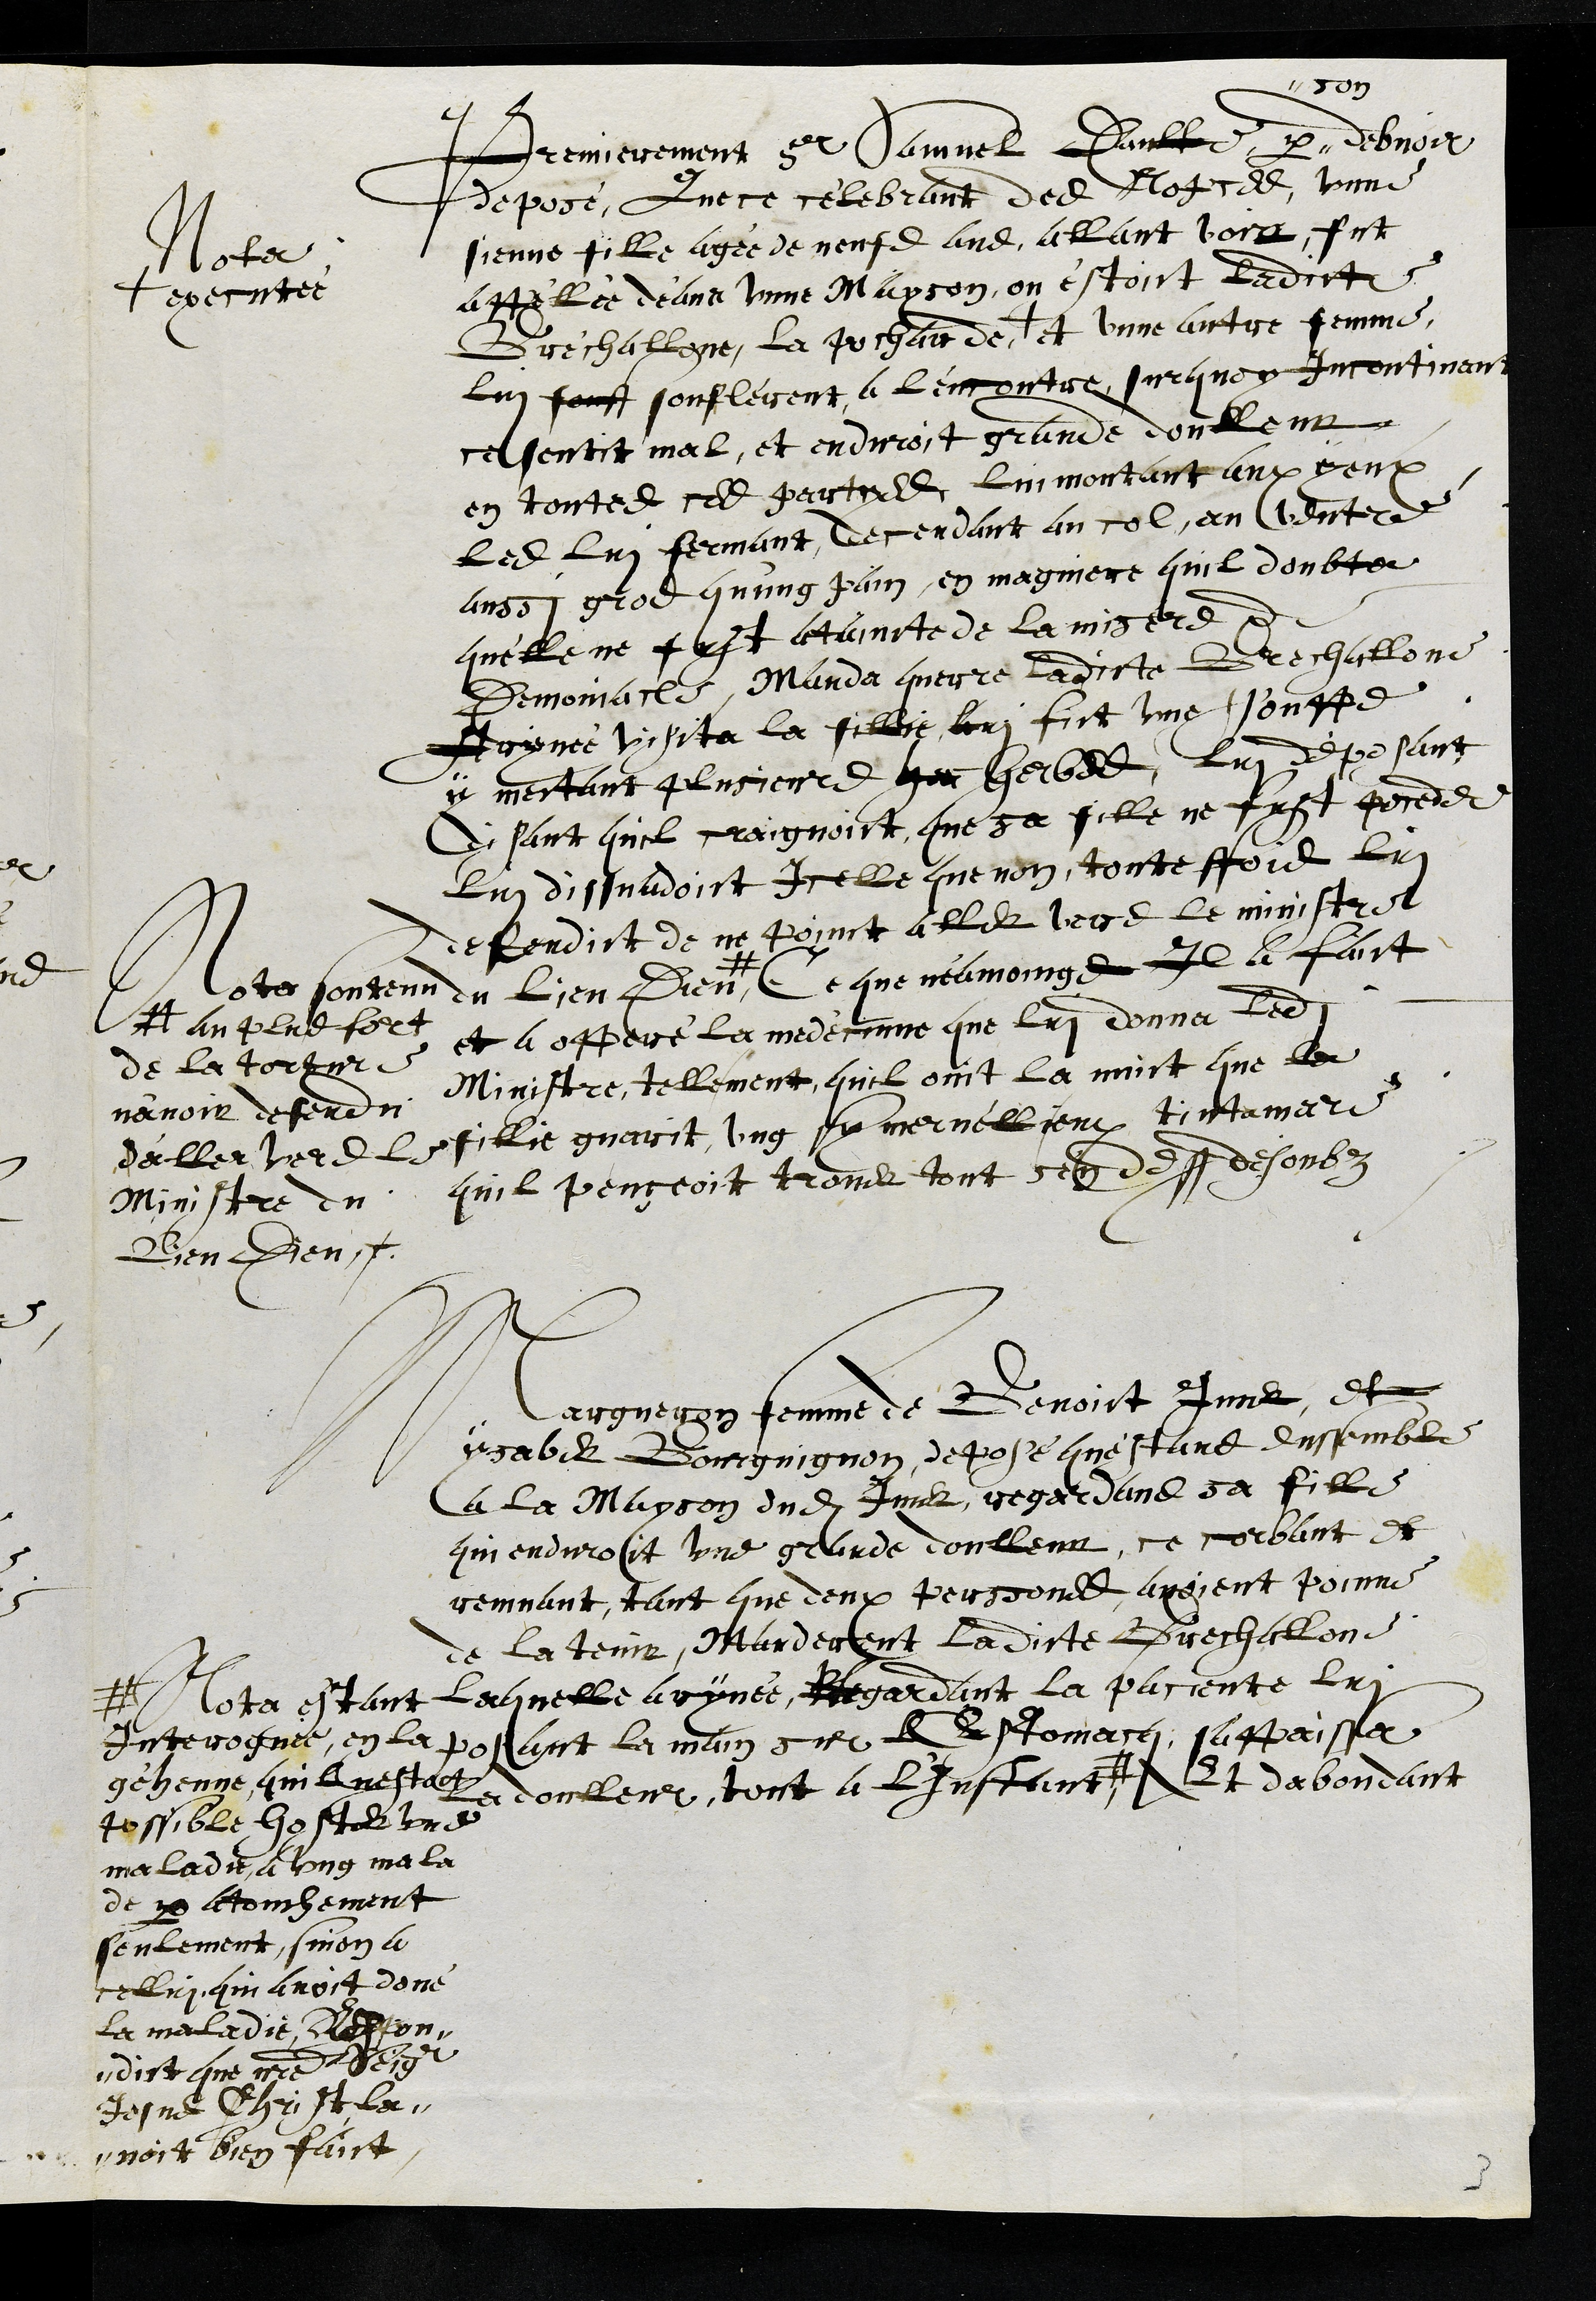
Premierement sr Samuel Daulte par #
# son
debvoir
depose, Que ce célebrant des Nopces, unne
sienne fille agée de neufs ans, allant voir, fut
Nota
appéllée déans unne Mayson, ou éstoict ladicte
Bréchallone, la Pocharde +
+ executée
et unne autre femme,
lui feust souflérent a l'encontre, surquoy Incontinant
ce sentit mal, et enduroit grande doulleur
en toutes ces partyes lui montant aux yeux
les lui fermant, decendant au col, au ventre
aussi gros qu'ung pain, en magniere quil doubter
qu'elle ne fust ataincte de la misere de
Demoniacle, Manda querre ladicte Brechallone
Aryvée visita la fille lui fict une souppe
y mectant plusieurs her herbes, lui deposant
Disant quil craignoict que sa fille ne fust pocedee
Lui dissuadoict Icelle que non, touteffois lui
defendict de ne point aller vers le ministre
du bien Dieu, #
# Noter Soutenu
au plus fort
de la torture
n'avoir defendu
d'aller verds le
Ministre du
Bien Dieu
Ce que neamoings Il a faict
et a opperé la medécinne que lui donna ledit
Ministre, tellement quil ouit la nuict que la
fillie guerit ung sy mervellieux tintamare
quil pençeoit trover tout sen dessus desoubz
Margueron femme de Benoict Imer, et
ysaber Bourguignon, deposé questans enssemble
a la Mayson dudit Imer regardans sa fille
qui enduroit une grande doulleur, ce corbant et
remuant, tant que deux persones avoient poinne
de la tenir, Manderent ladicte Brechallone
Lequelle aryvée, Regardant la paciente lui
posant la main sur LEstomacei sappaissa
La doulleur, tout a L'Instant #
# Nota estant
Interroguee, en la
géhenne, quil nestoit
possible hoster une
maladie, a ung mala
de par atouchement
seulement, sinon a
celluy qui avoit doné
la maladie, Respon¬
dict que notre Seigr
Jesus Christ la¬
voit bien faict
Et dabondant
3